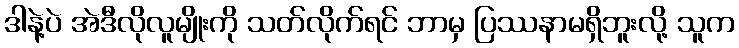
ဒါနဲ့ပဲ အဲဒီလိုလူမျိုးကို သတ်လိုက်ရင် ဘာမှ ပြဿနာမရှိဘူးလို့ သူက